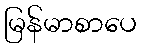
မြန်မာစာပေ